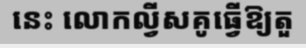
នេះ លោកល្វីសគូធ្វើឱ្យតួ